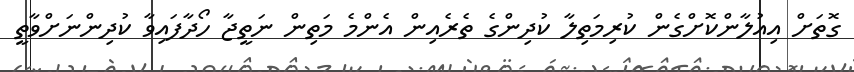
ގޮތަށް އިއުލާންކޮށްގެން ކުރިމަތިލާ ކުދިންގެ ތެރެއިން އެންމެ މަތިން ނަތީޖާ ހޯދާފައިވާ ކުދިންނަށްވާތީ